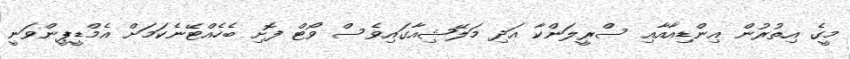
މީގެ އިތުރުން އިންޑިއާއާއި ސްރީލަންކާ އަދި މަލޭޝިއާގައިވެސް ވޯޓް ފޮށި ބެހެއްޓޭނެކަމަށް އެމްޑީޕީންވަނީ